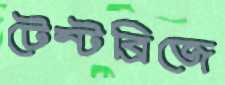
টেন্টব্রিজে